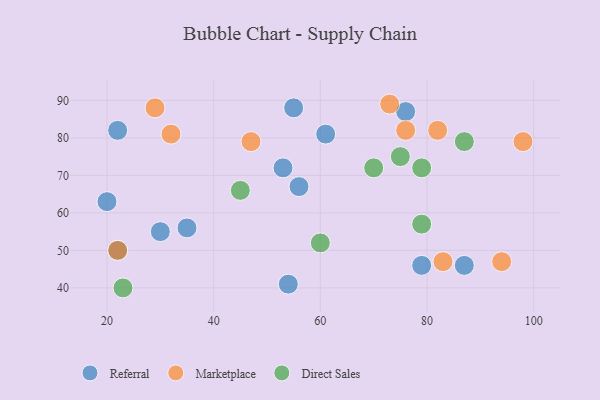
{"axis": {"x": "GDP", "y": "Life Expectancy"}, "legend": ["Direct Sales", "Marketplace", "Referral"], "data": [{"x": "61", "y": 81, "type": "Referral"}, {"x": "53", "y": 72, "type": "Referral"}, {"x": "76", "y": 87, "type": "Referral"}, {"x": "22", "y": 82, "type": "Referral"}, {"x": "55", "y": 88, "type": "Referral"}, {"x": "35", "y": 56, "type": "Referral"}, {"x": "79", "y": 46, "type": "Referral"}, {"x": "30", "y": 55, "type": "Referral"}, {"x": "22", "y": 50, "type": "Referral"}, {"x": "20", "y": 63, "type": "Referral"}, {"x": "56", "y": 67, "type": "Referral"}, {"x": "54", "y": 41, "type": "Referral"}, {"x": "87", "y": 46, "type": "Referral"}, {"x": "94", "y": 47, "type": "Marketplace"}, {"x": "29", "y": 88, "type": "Marketplace"}, {"x": "82", "y": 82, "type": "Marketplace"}, {"x": "83", "y": 47, "type": "Marketplace"}, {"x": "47", "y": 79, "type": "Marketplace"}, {"x": "76", "y": 82, "type": "Marketplace"}, {"x": "73", "y": 89, "type": "Marketplace"}, {"x": "98", "y": 79, "type": "Marketplace"}, {"x": "22", "y": 50, "type": "Marketplace"}, {"x": "32", "y": 81, "type": "Marketplace"}, {"x": "60", "y": 52, "type": "Direct Sales"}, {"x": "79", "y": 57, "type": "Direct Sales"}, {"x": "70", "y": 72, "type": "Direct Sales"}, {"x": "45", "y": 66, "type": "Direct Sales"}, {"x": "23", "y": 40, "type": "Direct Sales"}, {"x": "75", "y": 75, "type": "Direct Sales"}, {"x": "87", "y": 79, "type": "Direct Sales"}, {"x": "79", "y": 72, "type": "Direct Sales"}]}